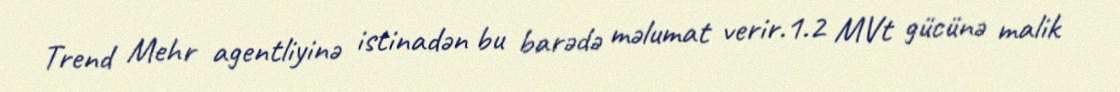
Trend Mehr agentliyinə istinadən bu barədə məlumat verir.1.2 MVt gücünə malik